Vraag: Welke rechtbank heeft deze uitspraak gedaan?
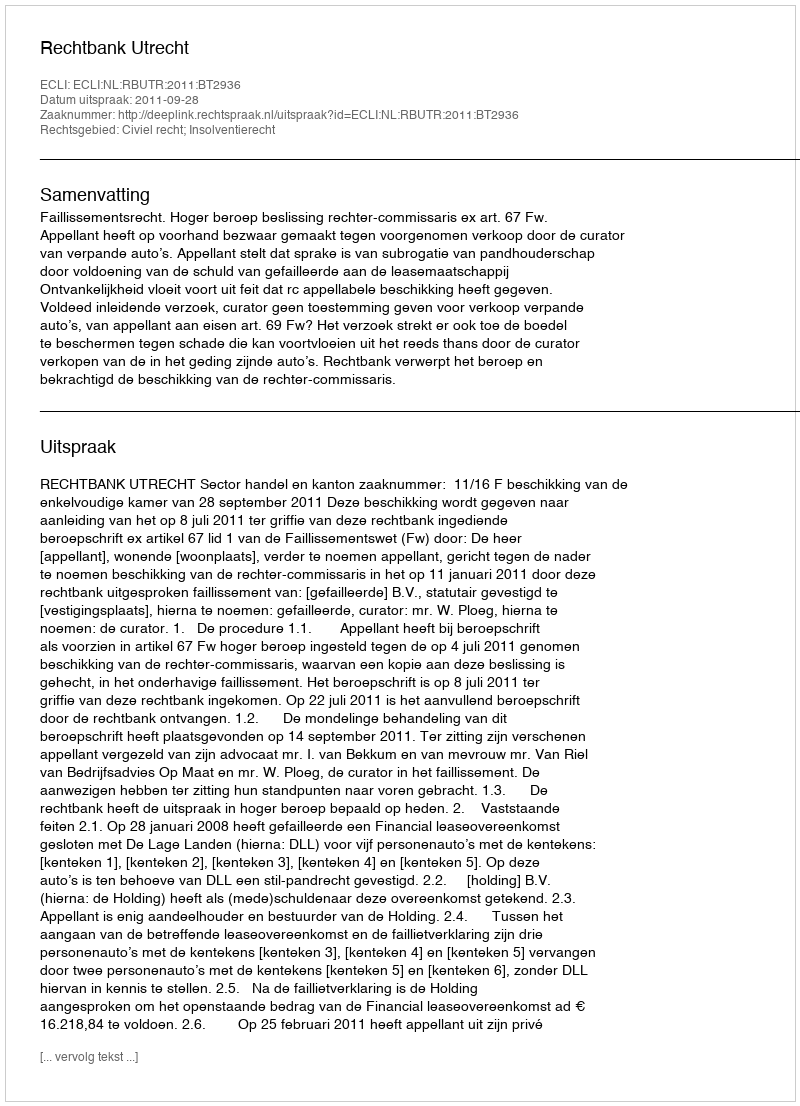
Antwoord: Rechtbank Utrecht